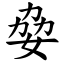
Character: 姭